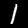
Label: 1